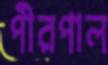
পীরপাল